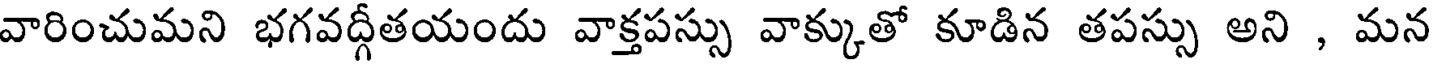
వారించుమని భగవద్గీతయందు వాక్తపస్సు వాక్కుతో కూడిన తపస్సు అని , మన